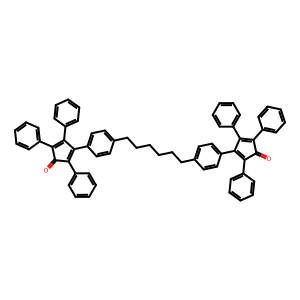
SMILES: O=C1C(c2ccccc2)=C(c2ccccc2)C(c2ccc(CCCCCCc3ccc(C4=C(c5ccccc5)C(=O)C(c5ccccc5)=C4c4ccccc4)cc3)cc2)=C1c1ccccc1
Inhibits HIV replication: No